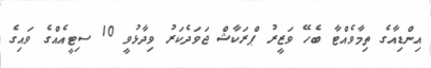
އިންޑިއާގެ ތިމާވެއްޓާ ބެހޭ ވަޒީރު ޕްރަކާޝް ޖަވަދެކަރު ވިދާޅުވީ 10 ސިޓީއެއްގެ ވައިގެ